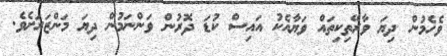
ވެހެމުން ދިޔަ ވާރޭތިކިތައް ވަޔާއެކު އައިސް ކުޑަ ދޮރުން ވަންނަމުން ދިޔަ މަންޒަރަށެވެ.